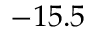
- 1 5 . 5